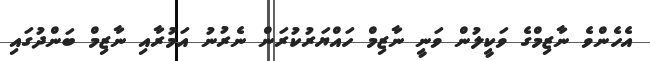
އެހެންވެ ނާޒިމްގެ ވަކީލުން ވަނީ ނާޒިމް ހައްޔަރުކުރަން ނެރުނު އަމުރާއި ނާޒިމް ބަންދުގައި